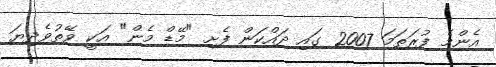
އެންމެ ފުރަތަމަ 2007 ގައި ދައްކަން ފެށި "މޭޑް މެން" އަކީ ވޭތުވެދިޔަ